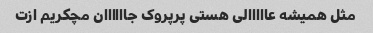
مثل همیشه عااااالی هستی پرپروک جاااااان مچکریم ازت